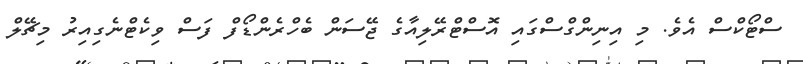
ސްޓޯކްސް އެވެ. މި އިނިންގްސްގައި އޮސްޓްރޭލިއާގެ ޖޭސަން ބެހްރެންޑޯފް ފަސް ވިކެޓްނެގިއިރު މިޗޭލް